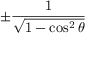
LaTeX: \pm { \frac { 1 } { \sqrt { 1 - \cos ^ { 2 } \theta } } }